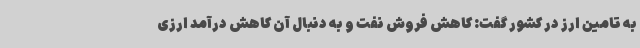
به تامین ارز در کشور گفت: کاهش فروش نفت و به دنبال آن کاهش درآمد ارزی